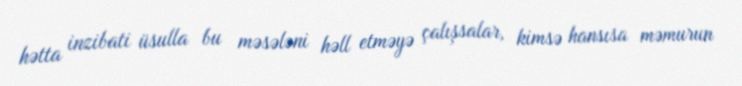
hətta inzibati üsulla bu məsələni həll etməyə çalışsalar, kimsə hansısa məmurun